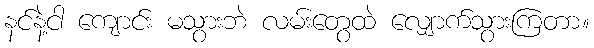
နင်နဲ့ငါ ကျောင်း မသွားဘဲ လမ်းတွေထဲ လျှောက်သွားကြတာ။